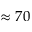
\approx 7 0